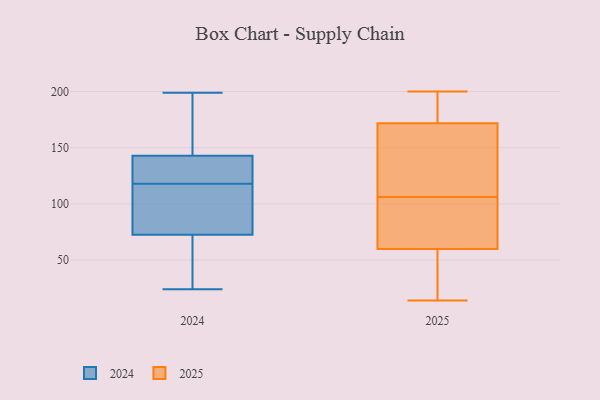
{"axis": {"x": "Latency (ms)", "y": "Value"}, "legend": ["2024", "2025"], "data": [{"x": "", "y": 143, "type": "2024"}, {"x": "", "y": 30, "type": "2024"}, {"x": "", "y": 99, "type": "2024"}, {"x": "", "y": 141, "type": "2024"}, {"x": "", "y": 129, "type": "2024"}, {"x": "", "y": 72, "type": "2024"}, {"x": "", "y": 142, "type": "2024"}, {"x": "", "y": 57, "type": "2024"}, {"x": "", "y": 199, "type": "2024"}, {"x": "", "y": 118, "type": "2024"}, {"x": "", "y": 83, "type": "2024"}, {"x": "", "y": 24, "type": "2024"}, {"x": "", "y": 162, "type": "2024"}, {"x": "", "y": 183, "type": "2024"}, {"x": "", "y": 41, "type": "2024"}, {"x": "", "y": 92, "type": "2024"}, {"x": "", "y": 135, "type": "2024"}, {"x": "", "y": 193, "type": "2024"}, {"x": "", "y": 74, "type": "2024"}, {"x": "", "y": 200, "type": "2025"}, {"x": "", "y": 45, "type": "2025"}, {"x": "", "y": 52, "type": "2025"}, {"x": "", "y": 174, "type": "2025"}, {"x": "", "y": 162, "type": "2025"}, {"x": "", "y": 82, "type": "2025"}, {"x": "", "y": 171, "type": "2025"}, {"x": "", "y": 183, "type": "2025"}, {"x": "", "y": 67, "type": "2025"}, {"x": "", "y": 60, "type": "2025"}, {"x": "", "y": 153, "type": "2025"}, {"x": "", "y": 111, "type": "2025"}, {"x": "", "y": 106, "type": "2025"}, {"x": "", "y": 97, "type": "2025"}, {"x": "", "y": 14, "type": "2025"}, {"x": "", "y": 59, "type": "2025"}, {"x": "", "y": 194, "type": "2025"}]}